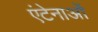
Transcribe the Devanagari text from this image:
एंटेनाओं